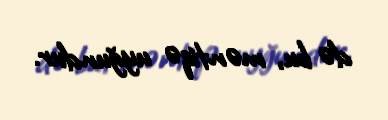
də bu, məntiqə uyğundur.